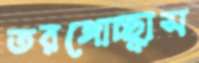
তরঙ্গোচ্ছ্বাস